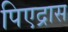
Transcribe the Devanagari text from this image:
पिएद्रास